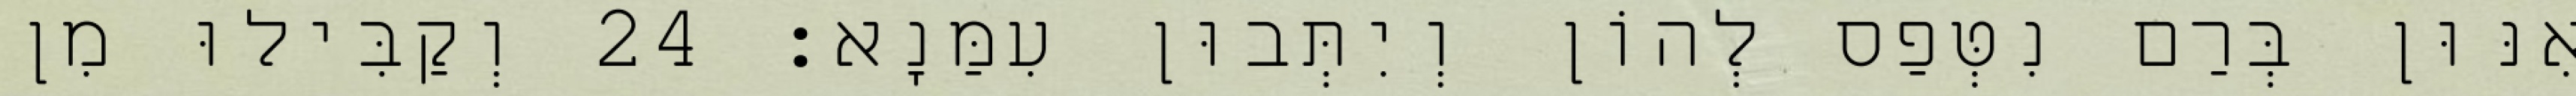
אִנּוּן בְּרַם נִטְּפַס לְהוֹן וְיִתְּבוּן עִמַּנָא׃ 24 וְקַבִּילוּ מִן